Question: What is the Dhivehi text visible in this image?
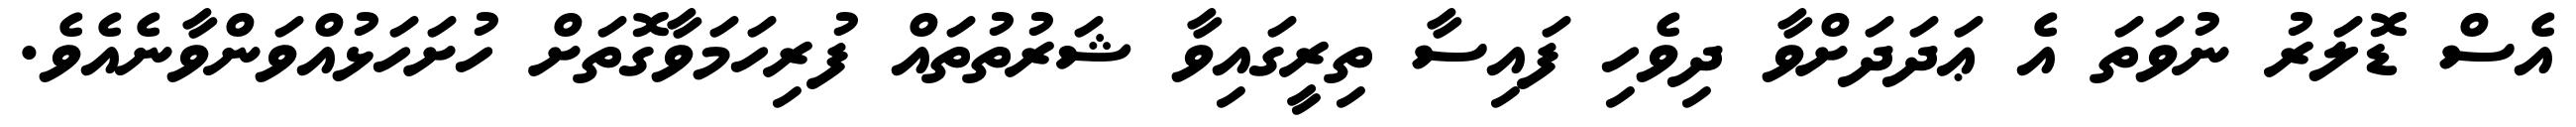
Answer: އެސް ޑޮލަރު ނުވަތަ އެ ޢަދަދަށްވާ ދިވެހި ފައިސާ ތިރީގައިވާ ޝަރުތުތައް ފުރިހަމަވާގޮތަށް ހުށަހަޅުއްވަންވާނެއެވެ.